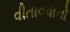
વીતાવવાનો